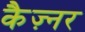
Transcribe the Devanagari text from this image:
कैज़्नर